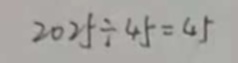
2 0 2 5 \div 4 5 = 4 5